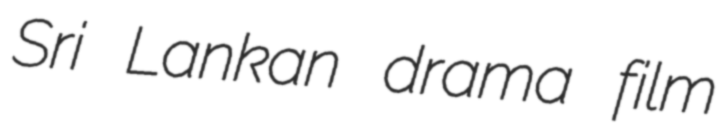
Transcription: Sri Lankan drama film